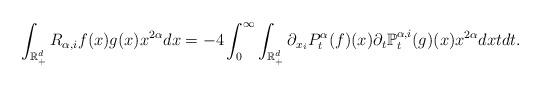
LaTeX: \begin{align*}\int_{\mathbb R_+^d} R_{\alpha,i} f(x) g(x)x^{2\alpha}dx=-4\int_0^\infty \int_{\mathbb{R}^d_+} \partial_{x_i} P^\alpha_t (f)(x)\partial_t \mathbb {P}^{\alpha,i}_t (g)(x)x^{2\alpha}dx t dt.\end{align*}